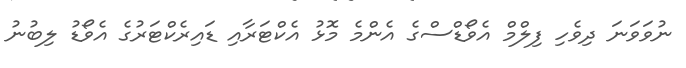
ނުވަވަނަ ދިވެހި ފިލްމް އެވޯޑްސްގެ އެންމެ މޮޅު އެކްޓަރާއި ޑައިރެކްޓަރުގެ އެވޯޑު ލިބުނު